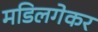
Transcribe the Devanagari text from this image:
मडिलगेकर